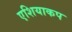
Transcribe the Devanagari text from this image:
एशियाकप